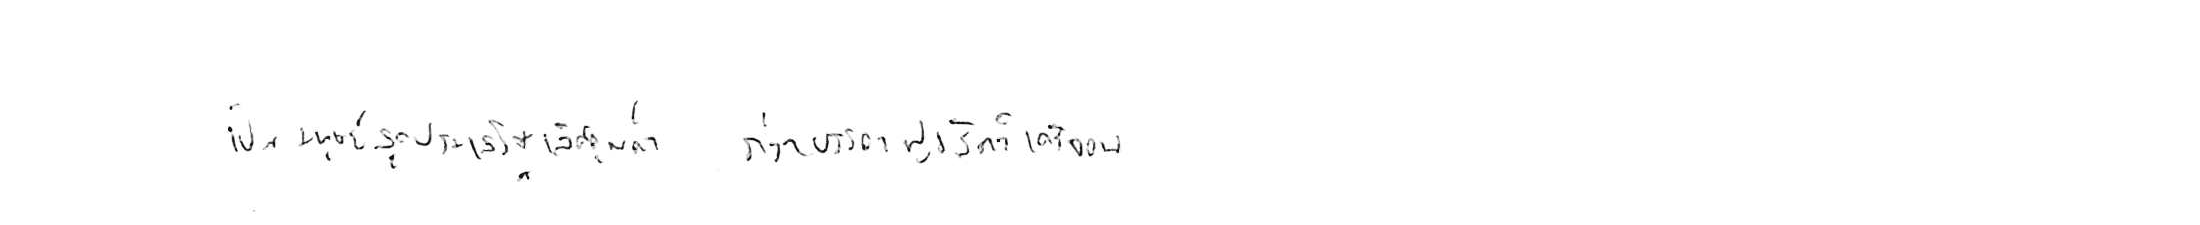
เป็นมนุษย์สุดประเสริฐเลิศคุณค่า กว่าบรรดาฝูงสัตว์เดรัจฉาน